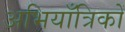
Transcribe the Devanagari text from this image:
अभियाँत्रिकों